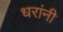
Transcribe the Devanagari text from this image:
धरांनी